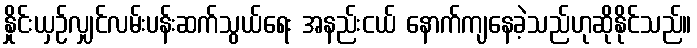
နှိုင်းယှဉ်လျှင်လမ်းပန်းဆက်သွယ်ရေး အနည်းငယ် နောက်ကျနေခဲ့သည်ဟုဆိုနိုင်သည်။